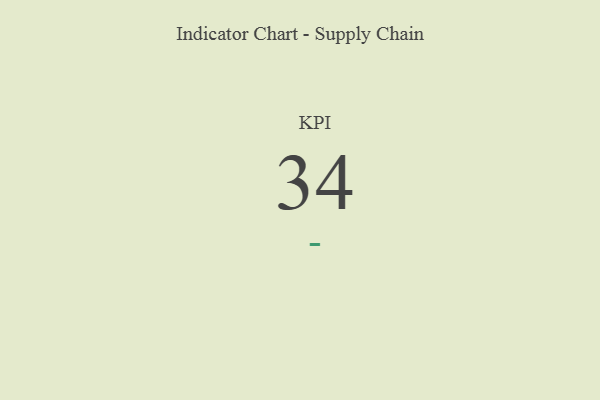
{"axis": {"x": "KPI", "y": "Value"}, "legend": [""], "data": [{"x": "KPI", "y": 34, "type": ""}]}